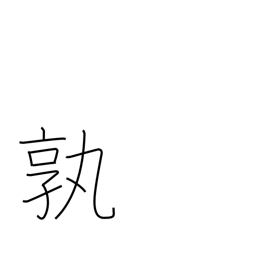
Meaning: how